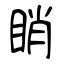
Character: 睄